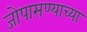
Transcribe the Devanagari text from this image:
जोपासण्याच्या